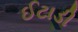
ઈટાડી